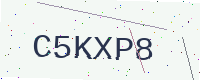
Text: C5KXP8